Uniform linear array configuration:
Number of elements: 4
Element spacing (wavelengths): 0.75
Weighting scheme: binomial
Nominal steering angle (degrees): -30
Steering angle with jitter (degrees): -29.65
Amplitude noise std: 0.05
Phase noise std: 0.05

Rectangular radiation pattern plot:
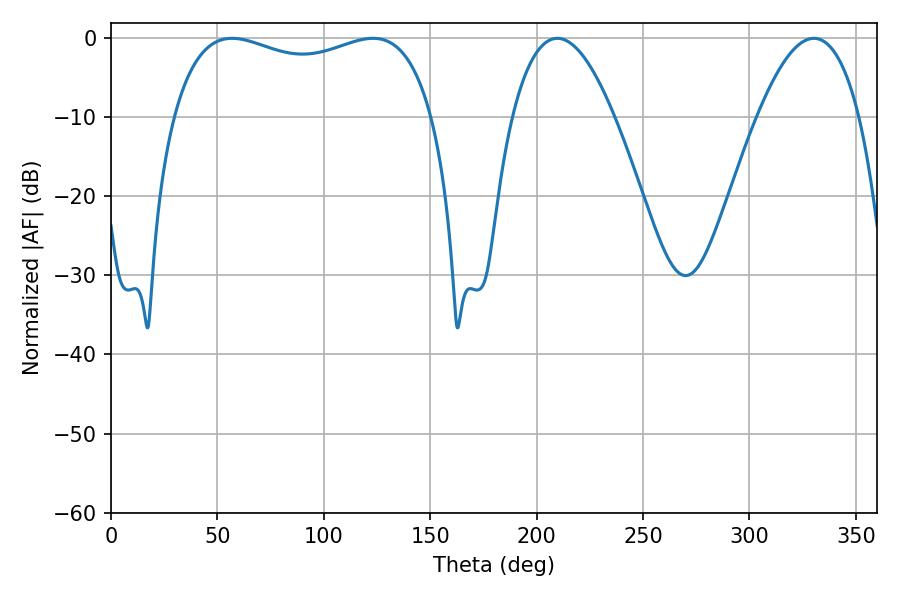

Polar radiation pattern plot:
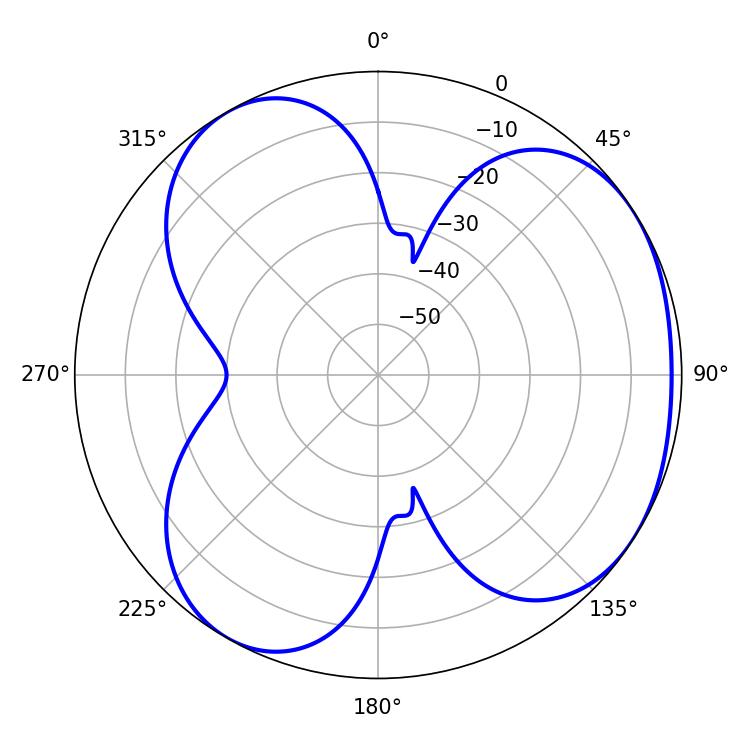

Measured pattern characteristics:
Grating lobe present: TRUE
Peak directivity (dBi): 4.04
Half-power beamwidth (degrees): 100.08
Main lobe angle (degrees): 56.88